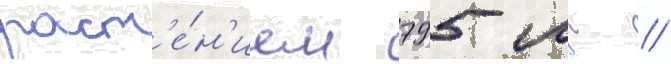
раст'е́н'ием 795 мг /